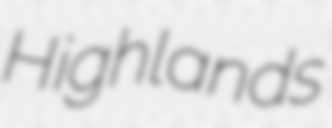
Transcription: Highlands